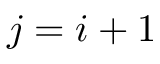
j = i + 1